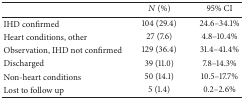
|  | N (%) | 95% CI |
 | --- | --- | --- |
 | IHD confirmed | 104 (29.4) | 24.6–34.1% |
 | Heart conditions, other | 27 (7.6) | 4.8–10.4% |
 | Observation, IHD not confirmed | 129 (36.4) | 31.4–41.4% |
 | Discharged | 39 (11.0) | 7.8–14.3% |
 | Non-heart conditions | 50 (14.1) | 10.5–17.7% |
 | Lost to follow up | 5 (1.4) | 0.2–2.6% |